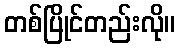
တစ်ပြိုင်တည်းလို။